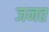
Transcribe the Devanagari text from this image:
जनत